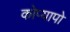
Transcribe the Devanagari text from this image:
कोप्यापो